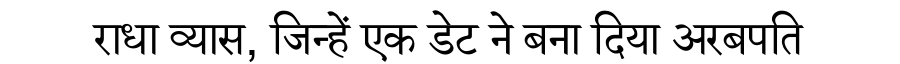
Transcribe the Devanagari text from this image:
राधा व्यास, जिन्हें एक डेट ने बना दिया अरबपति